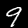
Digit: 9